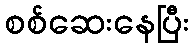
စစ်ဆေးနေပြီး